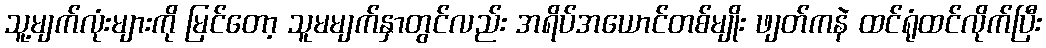
သူ့မျက်လုံးများကို မြင်တော့ သူမမျက်နှာတွင်လည်း အရိပ်အယောင်တစ်မျိုး ဖျတ်ကနဲ ထင်ရုံထင်လိုက်ပြီး